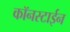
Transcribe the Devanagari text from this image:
कॉनस्टाईन